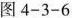
图4-3-6